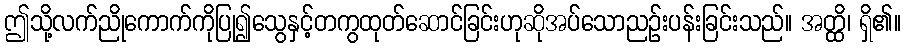
ဤသို့လက်ညိုကောက်ကိုပြု၍သွေနှင့်တကွထုတ်ဆောင်ခြင်းဟုဆိုအပ်သောညဉ်းပန်းခြင်းသည်။ အတ္ထိ၊ ရှိ၏။